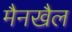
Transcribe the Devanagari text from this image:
मैनखैल